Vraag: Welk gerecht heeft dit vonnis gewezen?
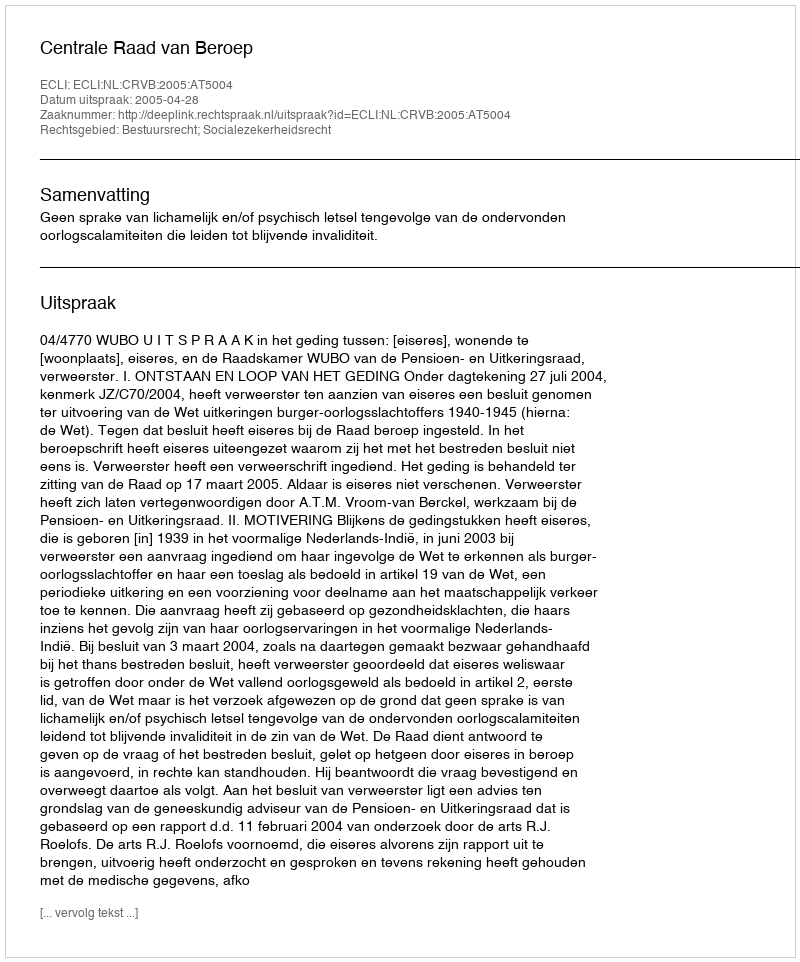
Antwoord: Centrale Raad van Beroep